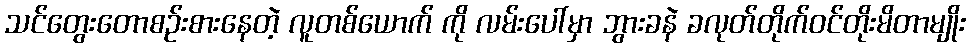
သင်တွေးတောစဉ်းစားနေတဲ့ လူတစ်ယောက် ကို လမ်းပေါ်မှာ ဘွားခနဲ ခလုတ်တိုက်ဝင်တိုးမိတာမျိုး